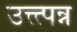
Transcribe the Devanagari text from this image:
उत्त्त्पन्न